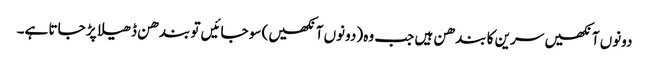
دونوں آنکھیں سرین کا بندھن ہیں جب وہ (دونوں آنکھیں) سو جائیں تو بندھن ڈھیلا پڑ جاتا ہے۔